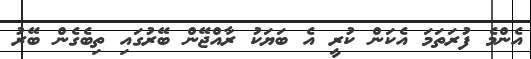
އެންމެ ފުރަތަމަ އެކަން ކުރީ އެ ބަޔަކު ރާއްޖޭން ބޭރުގައި ތިބެގެން ބޭރު